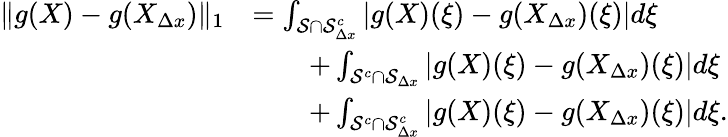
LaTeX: \begin{array}{rl}{\| g(X)-g(X_{\Delta x})\| _{1}}&{=\int_{\mathcal{S}\cap\mathcal{S}_{\Delta x}^{c}}\left|g(X)(\xi)-g(X_{\Delta x})(\xi)\right|d\xi}\\ &{\qquad+\int_{\mathcal{S}^{c}\cap\mathcal{S}_{\Delta x}}\left|g(X)(\xi)-g(X_{\Delta x})(\xi)\right|d\xi}\\ &{\qquad+\int_{\mathcal{S}^{c}\cap\mathcal{S}_{\Delta x}^{c}}\left|g(X)(\xi)-g(X_{\Delta x})(\xi)\right|d\xi.}\end{array}